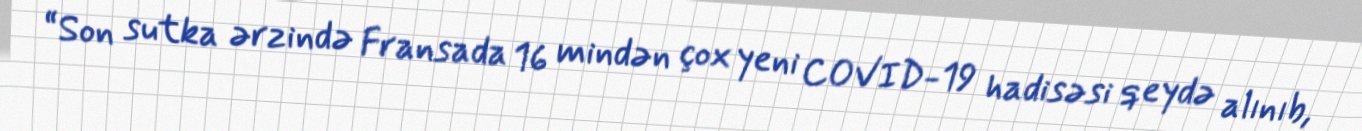
“Son sutka ərzində Fransada 16 mindən çox yeni COVID-19 hadisəsi qeydə alınıb,